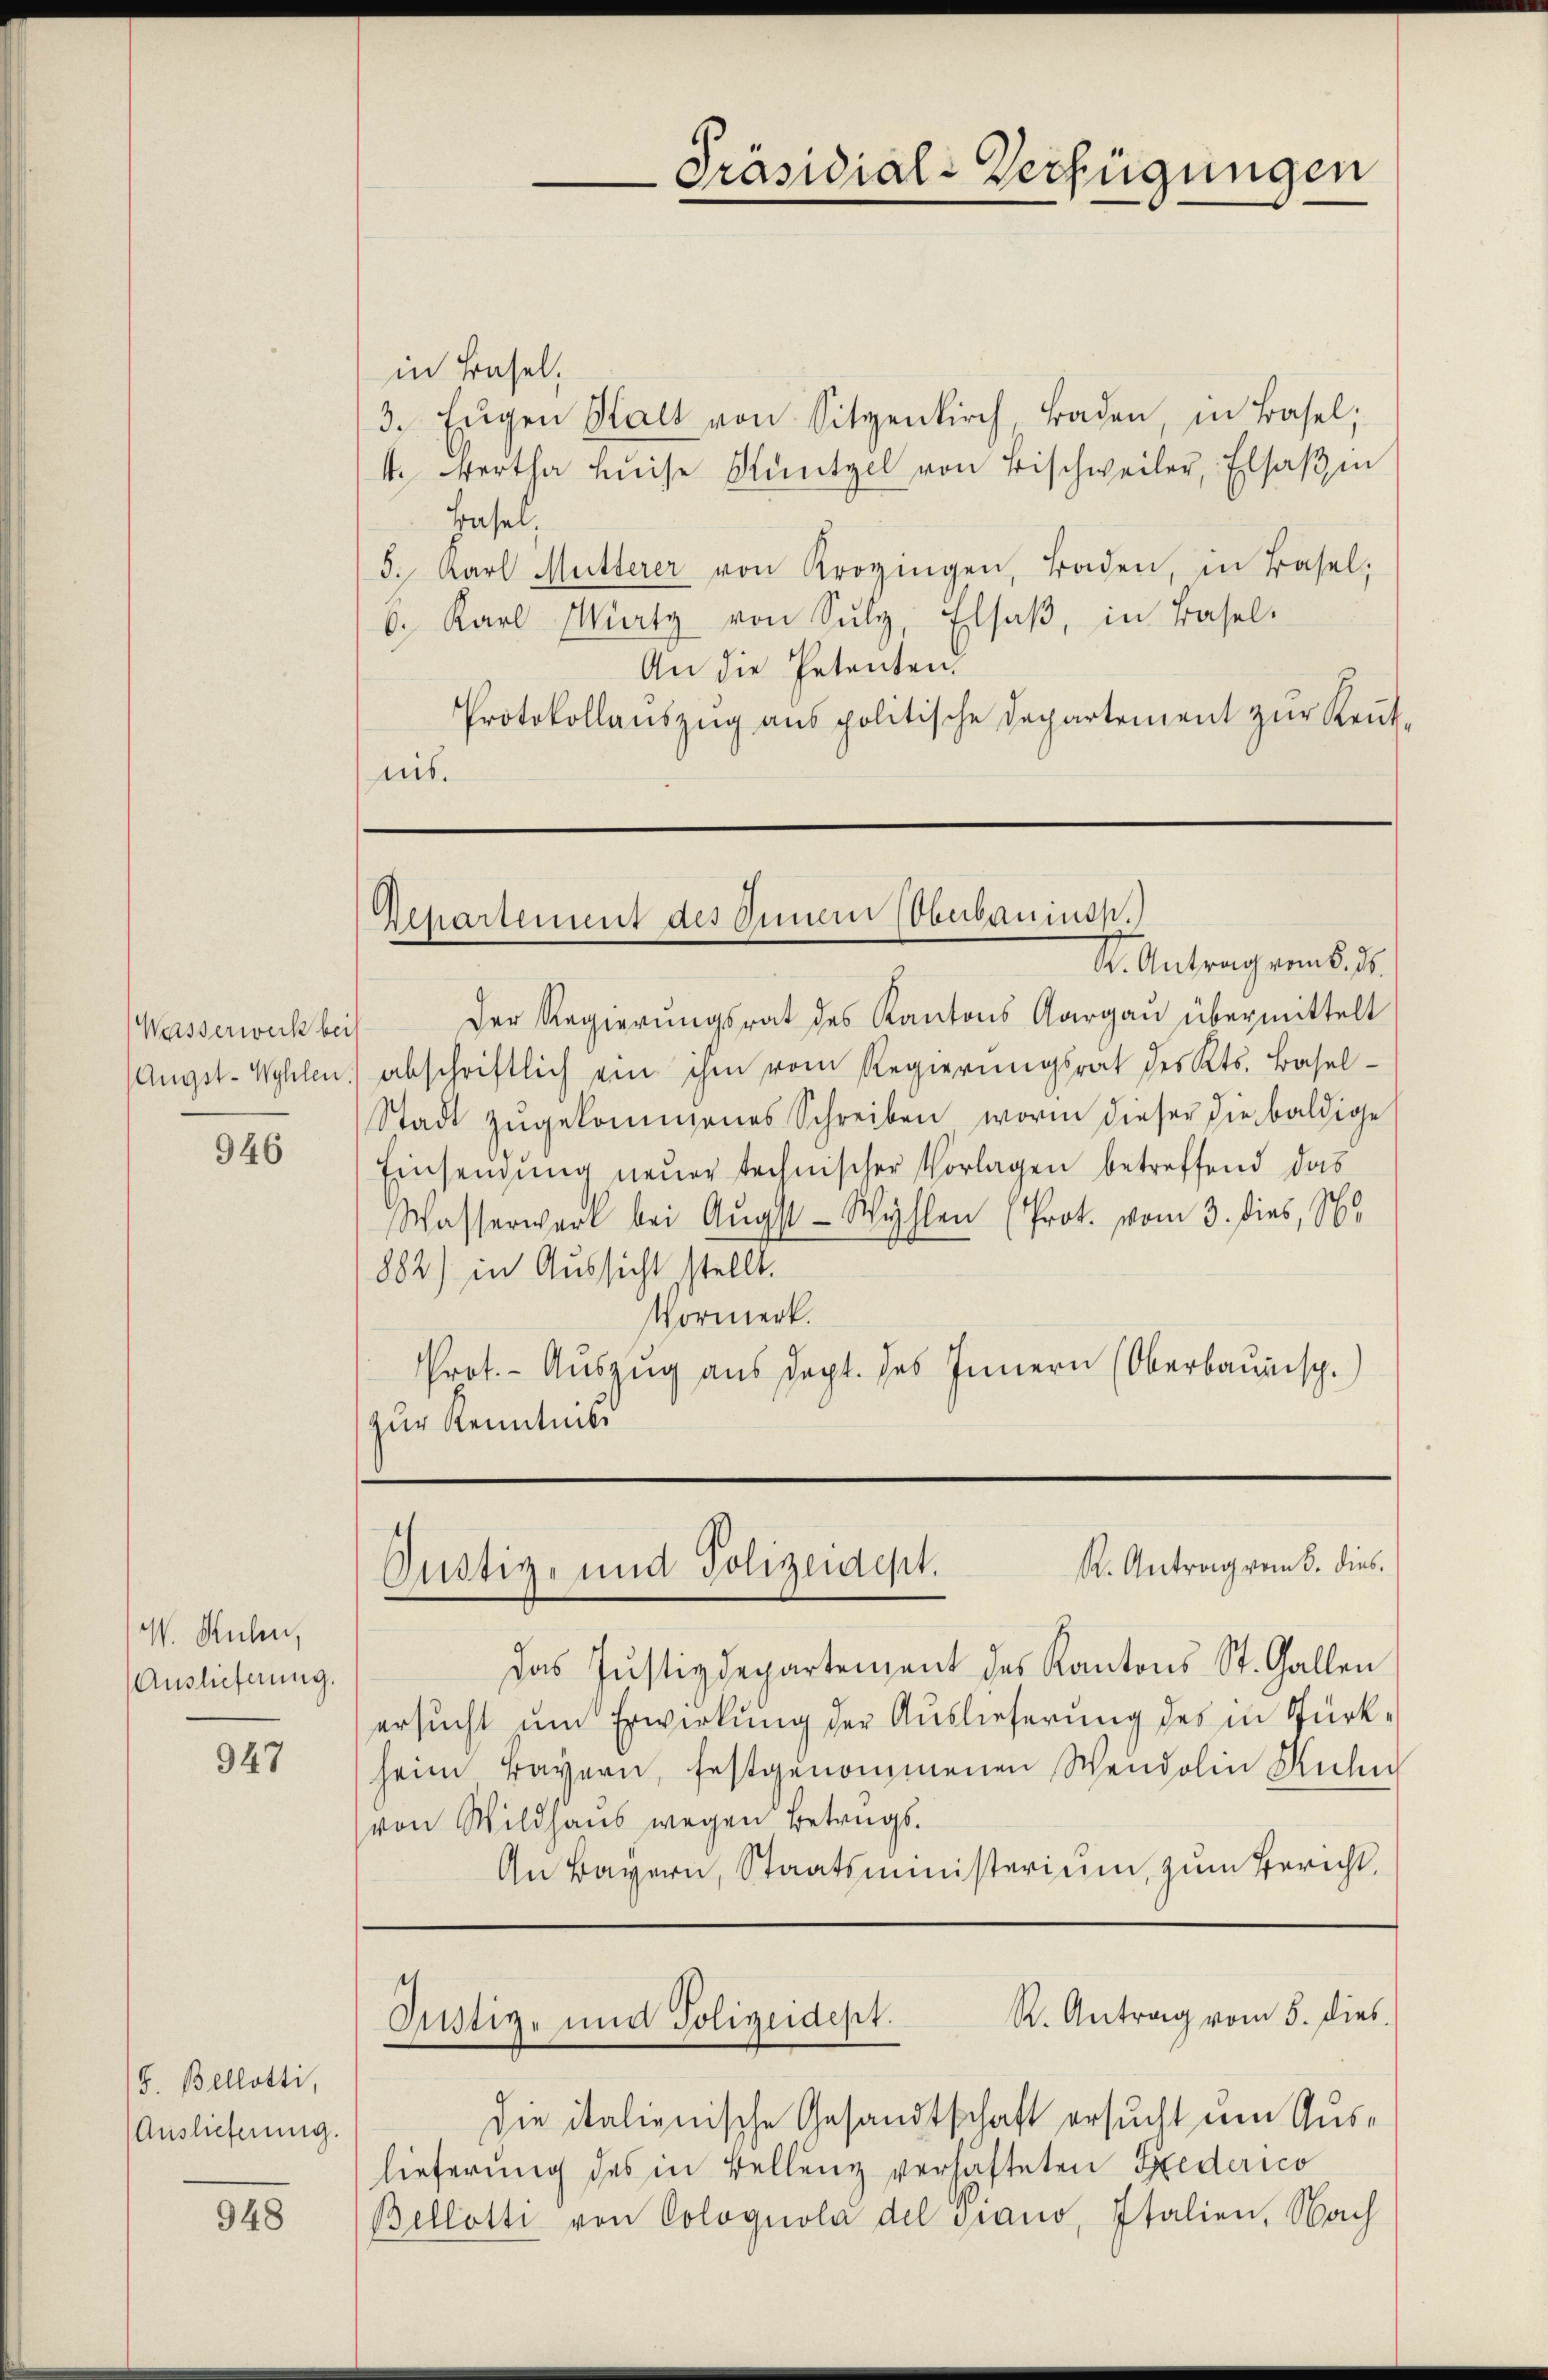
Wasserweck bei
Angst-Wyhlen

946

W. Ruhen,
Auslieferung.

947

J. Belletti,
Auslieferung.

948

in Basel,
3. Eŭgen Statt von Sitzenkirch, Baden, in Basel;
1. Wertha Heise Muntgel von Bischweiler, Elsaß in
Hasel,
5. Karl Mutterer von Krogingen, Baden, in Basel,
6. Karl Marty von Sulz, Elsaβ, in Basel-
An die Petenten.
Protokollauszug aus politische Departement zur Keṅt-
nis.

Der Regierungsrat des Kantons Aargau übermittelt
abschriftlich ein ihm vom Regierungsrat des Kts. Basel-
Stadt zŭgekommenes Schreiben worin dieser die baldige
Einsendung neuer technischer Vorlagen betreffend das
Wasserwart bei Augst-Wyhlen (Prot. vom 3. dies, 180.
882) in Aussicht stellt.
Vormerk.
Prot. - Auszug aus dept. des Innern (Oberbaunisch.
zur Kenntnis

Präsidial-Verfügungen

Departement des Innern (Oberbauinsp.)
St. Antragens. S.

R. Antrag vom 5. dies
Süstig- und Polizeidept.

Das Justizdepartement des Kantons St. Gallen
ersucht um Erwirkung der Auslieferung des in Bürkheim Bayern, festgenommenen Weidolin Kuhn
von Wildhaus wegen Betrugs.
An Bayern, Staatsministerium, zum Bericht,

t
R. Antrag vom 5. dies
Justiz- und Polizeidept.

die italienische Gesandtschaft ersucht um Auslieferung des in Bellenz verhafteten Spederico
Bellotti von Colognola del grano, Italien, Nach